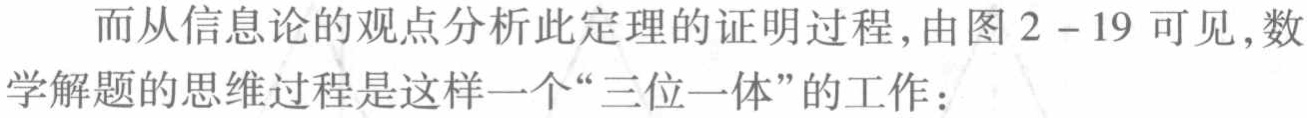
而从信息论的观点分析此定理的证明过程，由图2 - 19可见，数学解题的思维过程是这样一个“三位一体”的工作：